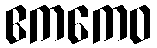
ဧကကေဝ